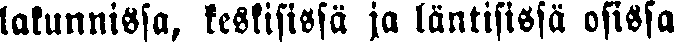
lakunnissa, keskisissä ja läntisissä osissa